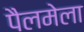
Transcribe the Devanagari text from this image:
पैलमेला